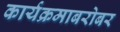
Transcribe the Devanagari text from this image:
कार्यक्रमाबरोबर